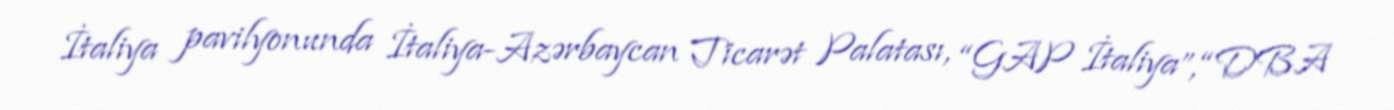
İtaliya pavilyonunda İtaliya-Azərbaycan Ticarət Palatası, “GAP İtaliya”, “DBA